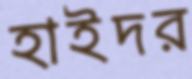
হাইদর